Plague in India, 1896, 1897 - Volume 1
Year: 1896
Disease focus: Plague
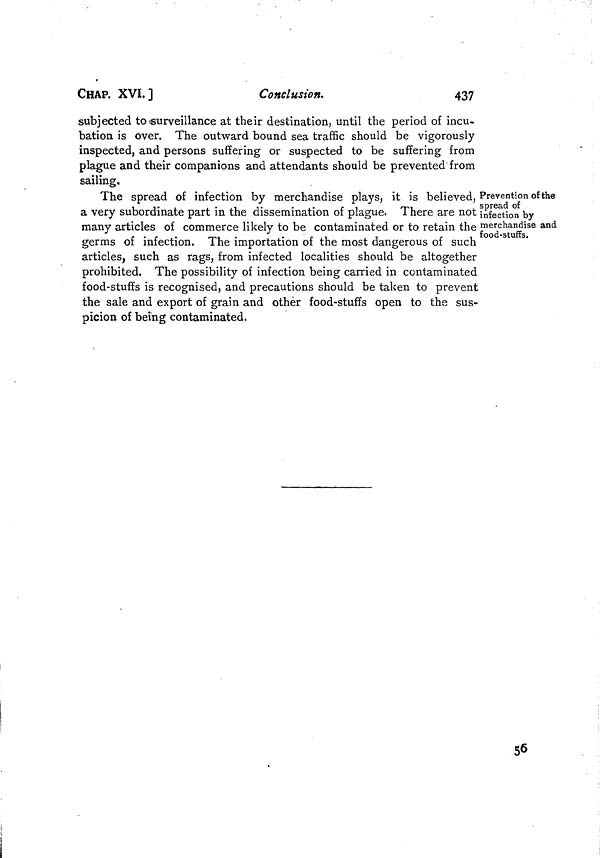
CHAP. XVI.]
Conclusion.
437
subjected to surveillance at their destination, until the period of incu-
bation is over. The outward bound sea traffic should be vigorously
inspected, and persons suffering or suspected to be suffering from
plague and their companions and attendants should be prevented from
sailing.
Prevention of the
spread of
infection by
merchandise and
food-stuffs.
The spread of infection by merchandise plays, it is believed,
a very subordinate part in the dissemination of plague. There are not
many articles of commerce likely to be contaminated or to retain the
germs of infection. The importation of the most dangerous of such
articles, such as rags, from infected localities should be altogether
prohibited. The possibility of infection being carried in contaminated
food-stuffs is recognised, and precautions should be taken to prevent
the sale and export of grain and other food-stuffs open to the sus-
picion of being contaminated.
56